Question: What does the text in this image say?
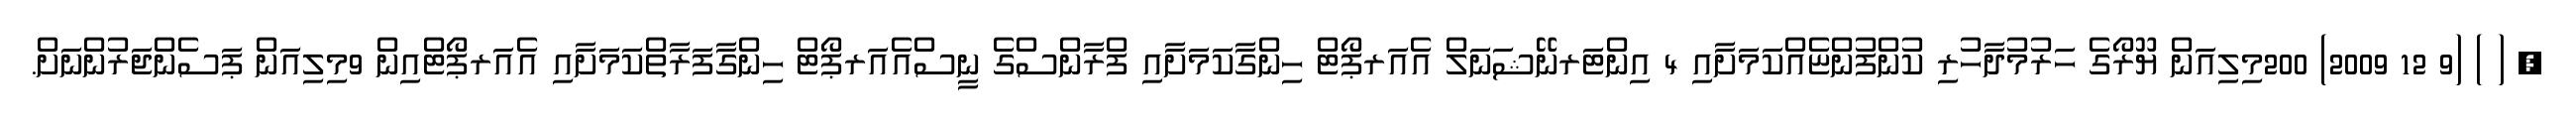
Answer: , ( ) (9 12 2009) 200މިލިއަން ޔޫރޯގެ ހަރުމުދާހުރި ކުންފުންޏެއްކަމަށާއި 4 އިންޓަރނޭޝަނަލް އެއަރޕޯޓް ހިންގާކަމަށާއި ފްރާންސްގެ ނީސްއެއަރޕޯޓް ހިންގާފަރާތްކަމަށާއި އެއަރޕޯޓްއިން 9މިލިއަން ޕަސެންޖަރުންނަށް.